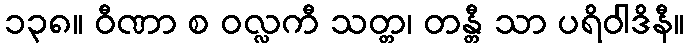
၁၃၈။ ဝီဏာ စ ဝလ္လကီ သတ္တ၊ တန္တီ သာ ပရိဝါဒိနီ။